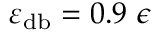
\varepsilon _ { \mathrm { d b } } = 0 . 9 ~ \epsilon